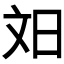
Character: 𬀫